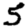
Digit: 5